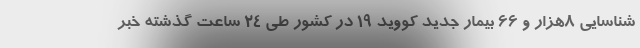
شناسایی ۸هزار و ۶۶ بیمار جدید کووید ۱۹ در کشور طی ۲۴ ساعت گذشته خبر